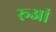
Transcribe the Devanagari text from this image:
रूआं